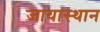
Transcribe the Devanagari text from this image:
जायास्थान